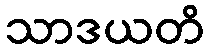
သာဒယတိ